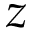
z